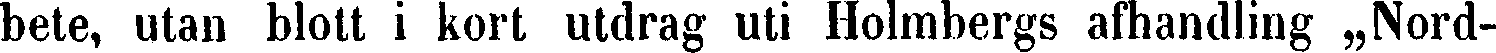
bete, utan blott i kort utdrag uti Holmbergs afhandling „Nord-